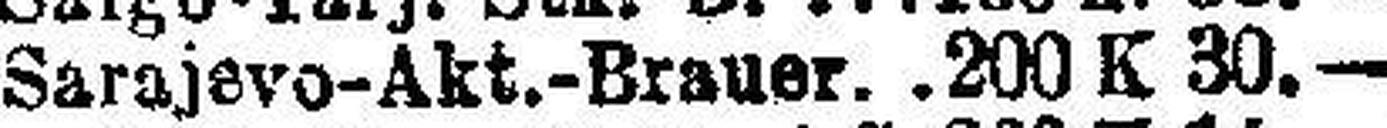
Sarajsvo-Akt-Brauer. 200 K 30.—